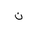
Letter: _non